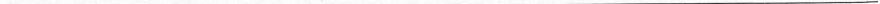
___